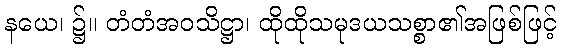
နယေ၊ ၌။ တံတံအဝသိဋ္ဌာ၊ ထိုထိုသမုဒယသစ္စာ၏အဖြစ်ဖြင့်